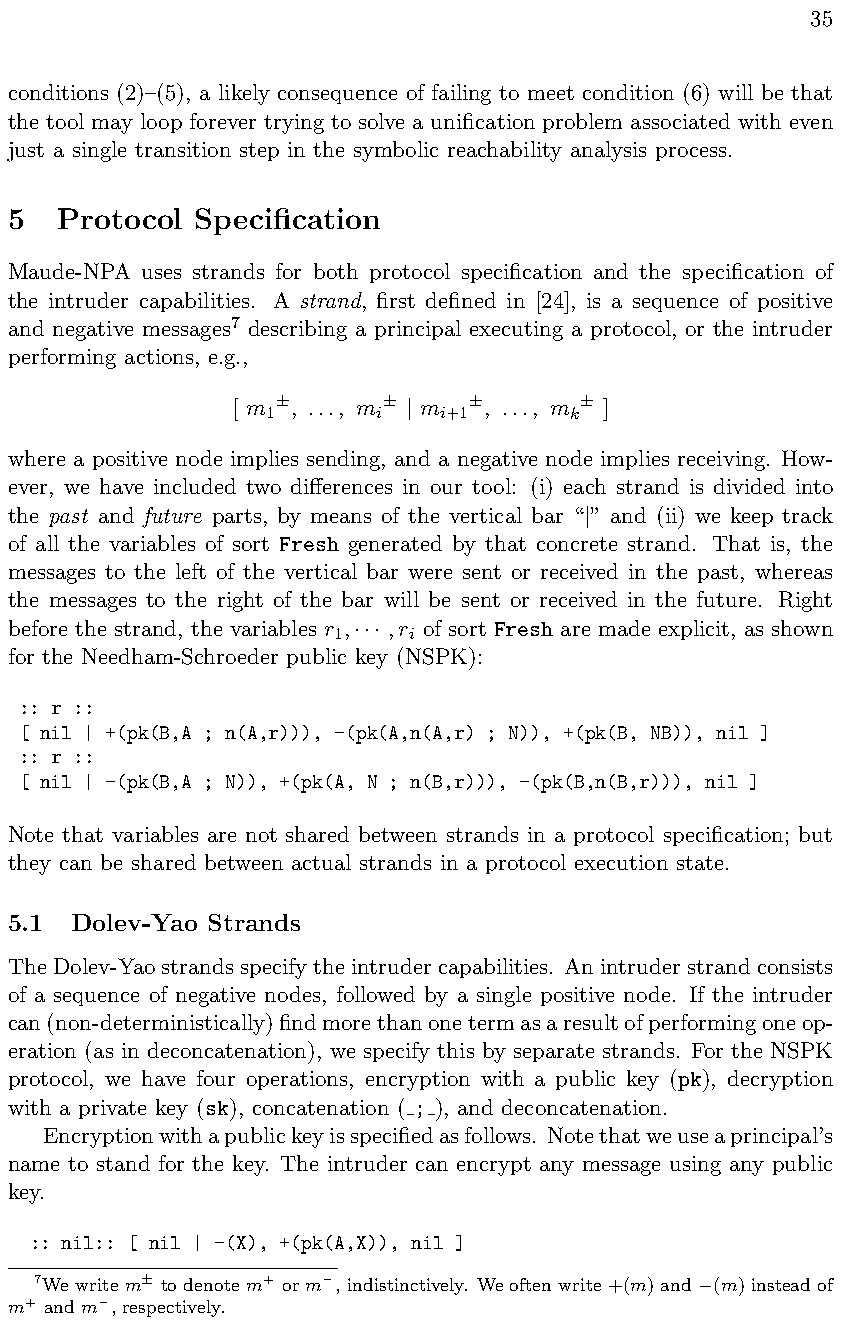
35
 conditions (2)–(5), a likely consequence of failing to meet condition (6) will be that
 the tool may loop forever trying to solve a unification problem associated with even
 just a single transition step in the symbolic reachability analysis process.
 5   Protocol Specification
 Maude-NPA uses strands for both protocol specification and the specification of
 the intruder capabilities. A strand, first defined in [24], is a sequence of positive
 and negative messages7 describing a principal executing a protocol, or the intruder
 performing actions, e.g.,
 [ m , ..., m m   , ..., m ]
 1±      i±  i+1±     k±
 |
 where a positive node implies sending, and a negative node implies receiving. How-
 ever, we have included two di↵erences in our tool: (i) each strand is divided into
 the past and future parts, by means of the vertical bar “ ” and (ii) we keep track
 |
 of all the variables of sort Fresh generated by that concrete strand. That is, the
 messages to the left of the vertical bar were sent or received in the past, whereas
 the messages to the right of the bar will be sent or received in the future. Right
 before the strand, the variables r , ,r of sort Fresh are made explicit, as shown
 1    i
 ···
 for the Needham-Schroeder public key (NSPK):
 :: r ::
 [ nil | +(pk(B,A ; n(A,r))), -(pk(A,n(A,r) ; N)), +(pk(B, NB)), nil ]
 :: r ::
 [ nil | -(pk(B,A ; N)), +(pk(A, N ; n(B,r))), -(pk(B,n(B,r))), nil ]
 Note that variables are not shared between strands in a protocol specification; but
 they can be shared between actual strands in a protocol execution state.
 5.1  Dolev-Yao Strands
 TheDolev-Yaostrandsspecifytheintrudercapabilities. Anintruderstrandconsists
 of a sequence of negative nodes, followed by a single positive node. If the intruder
 can(non-deterministically)findmorethanonetermasaresultofperformingoneop-
 eration (as in deconcatenation), we specify this by separate strands. For the NSPK
 protocol, we have four operations, encryption with a public key (pk), decryption
 with a private key (sk), concatenation ( ; ), and deconcatenation.
 Encryptionwithapublickeyisspecifiedasfollows. Notethatweuseaprincipal’s
 name to stand for the key. The intruder can encrypt any message using any public
 key.
 :: nil:: [ nil | -(X), +(pk(A,X)), nil ]
 7We write m± to denote m+ or m, indistinctively. We often write +(m) and (m) instead of

 m+ and m, respectively.